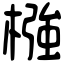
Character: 𣚦